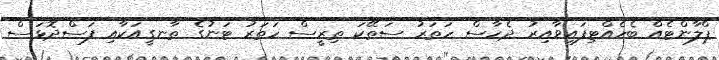
ޕްލާންޓެއް ބެހެއްޓިފައިވާއިރު ދެހާސް ހަތަރު ސަތޭކަ ތިރީސް ހަތަރު ޓަނުގެ ތާނގީއަކާއި ފަސްދޮޅަސް